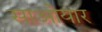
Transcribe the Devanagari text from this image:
साओयार